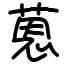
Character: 蒽